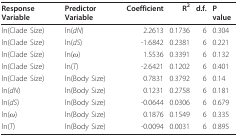
<table><thead><tr><td><b>Response Variable</b></td><td><b>Predictor Variable</b></td><td><b>Coefficient</b></td><td><b>R<sup>2</sup></b></td><td><b>d.f.</b></td><td><b>P value</b></td></tr></thead><tbody><tr><td>ln(Clade Size)</td><td>ln(<i>dN</i>)</td><td>2.2613</td><td>0.1736</td><td>6</td><td>0.304</td></tr><tr><td>ln(Clade Size)</td><td>ln(<i>dS</i>)</td><td>-1.6842</td><td>0.2381</td><td>6</td><td>0.221</td></tr><tr><td>ln(Clade Size)</td><td>ln(<i>ω</i>)</td><td>1.5536</td><td>0.3391</td><td>6</td><td>0.132</td></tr><tr><td>ln(Clade Size)</td><td>ln(<i>T</i>)</td><td>-2.6421</td><td>0.1202</td><td>6</td><td>0.401</td></tr><tr><td>ln(Clade Size)</td><td>ln(Body Size)</td><td>0.7831</td><td>0.3792</td><td>6</td><td>0.14</td></tr><tr><td>ln(<i>dN</i>)</td><td>ln(Body Size)</td><td>0.1231</td><td>0.2758</td><td>6</td><td>0.181</td></tr><tr><td>ln(<i>dS</i>)</td><td>ln(Body Size)</td><td>-0.0644</td><td>0.0306</td><td>6</td><td>0.679</td></tr><tr><td>ln(<i>ω</i>)</td><td>ln(Body Size)</td><td>0.1876</td><td>0.1549</td><td>6</td><td>0.335</td></tr><tr><td>ln(<i>T</i>)</td><td>ln(Body Size)</td><td>-0.0094</td><td>0.0031</td><td>6</td><td>0.895</td></tr></tbody></table>